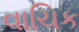
વાચિક